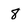
Character: 8